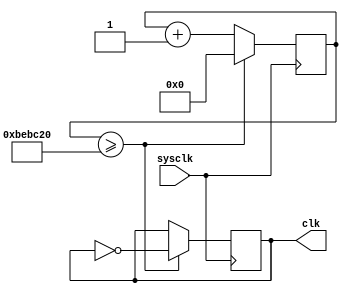
module AdjustClk(sysclk, clk);
input wire sysclk;
output reg clk;

reg [32:0] count;

initial begin
    count <= 0;
end

always @(posedge sysclk) begin
    if(count >= 12500000) begin
        clk = ~clk;
        count <= 0;
    end
    else
        count <= count + 1;
end

endmodule